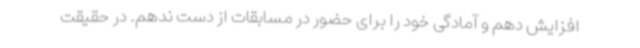
افزایش دهم و آمادگی خود را برای حضور در مسابقات از دست ندهم. در حقیقت